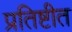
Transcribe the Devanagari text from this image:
प्रतिष्टीत